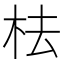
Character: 㭕